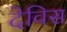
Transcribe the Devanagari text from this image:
देविस